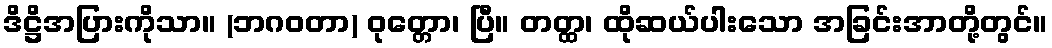
ဒိဋ္ဌိအပြားကိုသာ။ (ဘဂဝတာ) ဝုတ္တော၊ ပြီ။ တတ္ထ၊ ထိုဆယ်ပါးသော အခြင်းအာတို့တွင်။